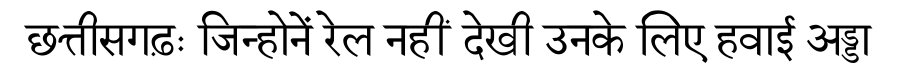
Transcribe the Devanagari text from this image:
छत्तीसगढ़ः जिन्होनें रेल नहीं देखी उनके लिए हवाई अड्डा